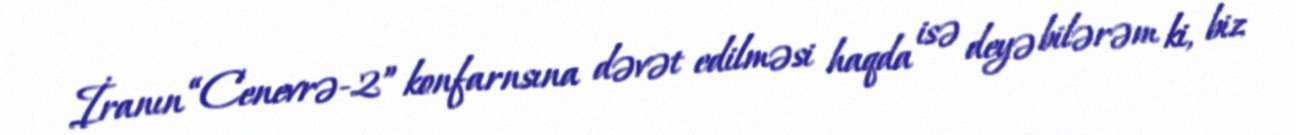
İranın “Cenevrə-2” konfarnsına dəvət edilməsi haqda isə deyə bilərəm ki, biz